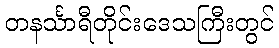
တနင်္သာရီတိုင်းဒေသကြီးတွင်